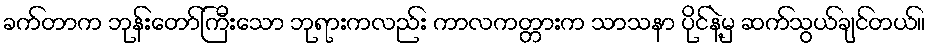
ခက်တာက ဘုန်းတော်ကြီးသော ဘုရားကလည်း ကာလကတ္တားက သာသနာ ပိုင်နဲ့မှ ဆက်သွယ်ချင်တယ်။